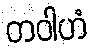
တဝါဟံ